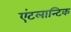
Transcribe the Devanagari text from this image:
एंटलान्टिक